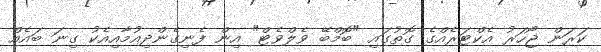
ކަރަން ޖޯހަރު އެކްޓަރެއްގެ ގޮތުގައި "ބޮމްބޭ ވެލްވެޓް" އިން ފެނިގެންދިއުމާއިއެކު ގިނަ ބައެއް